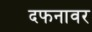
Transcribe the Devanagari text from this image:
दफनावर